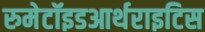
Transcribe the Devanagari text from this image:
रुमेटॉइडआर्थराइटिस